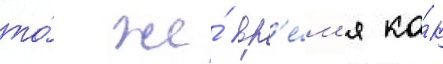
то́ же́ вр'е́м'я ка́к